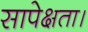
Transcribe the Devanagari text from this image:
सापेक्षता।